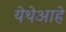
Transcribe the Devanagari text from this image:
येथेआहे